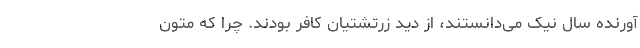
آورنده سال نیک می‌دانستند، از دید زرتشتیان کافر بودند. چرا که متون